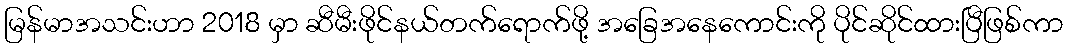
မြန်မာအသင်းဟာ 2018 မှာ ဆီမီးဖိုင်နယ်တက်ရောက်ဖို့ အခြေအနေကောင်းကို ပိုင်ဆိုင်ထားပြီဖြစ်ကာ